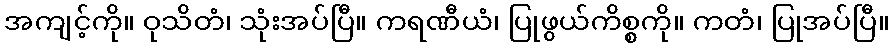
အကျင့်ကို။ ဝုသိတံ၊ သုံးအပ်ပြီ။ ကရဏီယံ၊ ပြုဖွယ်ကိစ္စကို။ ကတံ၊ ပြုအပ်ပြီ။